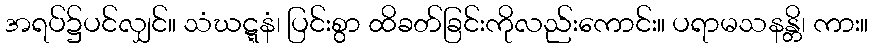
အရပ်၌ပင်လျှင်။ သံဃဋ္ဋနံ၊ ပြင်းစွာ ထိခတ်ခြင်းကိုလည်းကောင်း။ ပရာမသနန္တိ၊ ကား။